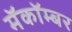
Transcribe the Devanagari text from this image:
मॅकॉम्बर